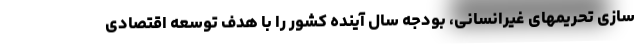
سازی تحریمهای غیرانسانی، بودجه سال آینده کشور را با هدف توسعه اقتصادی